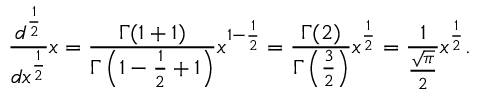
{ \frac { d ^ { \frac { 1 } { 2 } } } { d x ^ { \frac { 1 } { 2 } } } } x = { \frac { \Gamma ( 1 + 1 ) } { \Gamma \left( 1 - { \frac { 1 } { 2 } } + 1 \right) } } x ^ { 1 - { \frac { 1 } { 2 } } } = { \frac { \Gamma ( 2 ) } { \Gamma \left( { \frac { 3 } { 2 } } \right) } } x ^ { \frac { 1 } { 2 } } = { \frac { 1 } { \frac { \sqrt { \pi } } { 2 } } } x ^ { \frac { 1 } { 2 } } .